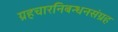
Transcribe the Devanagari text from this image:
ग्रहचारनिबन्धनसंग्रह